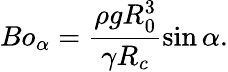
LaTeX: Bo_{\alpha}=\frac{\rho gR_{0}^{3}}{\gamma R_{c}}\sin\alpha.